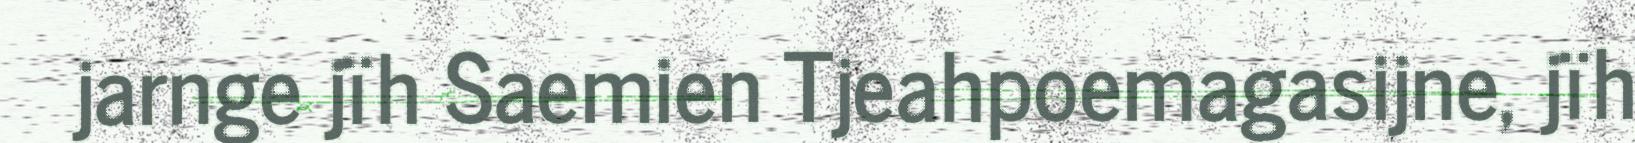
jarnge jïh Saemien Tjeahpoemagasijne, jïh